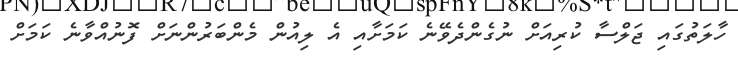
ހާލަތުގައި ޖަލްސާ ކުރިއަށް ނުގެންދެވޭނެ ކަމަށާއި އެ ލިއުން މެންބަރުންނަށް ފޮނުއްވާނެ ކަމަށް